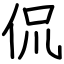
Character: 侃